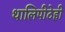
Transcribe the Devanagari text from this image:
थालिपीठेही